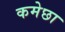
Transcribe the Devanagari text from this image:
कमेछा